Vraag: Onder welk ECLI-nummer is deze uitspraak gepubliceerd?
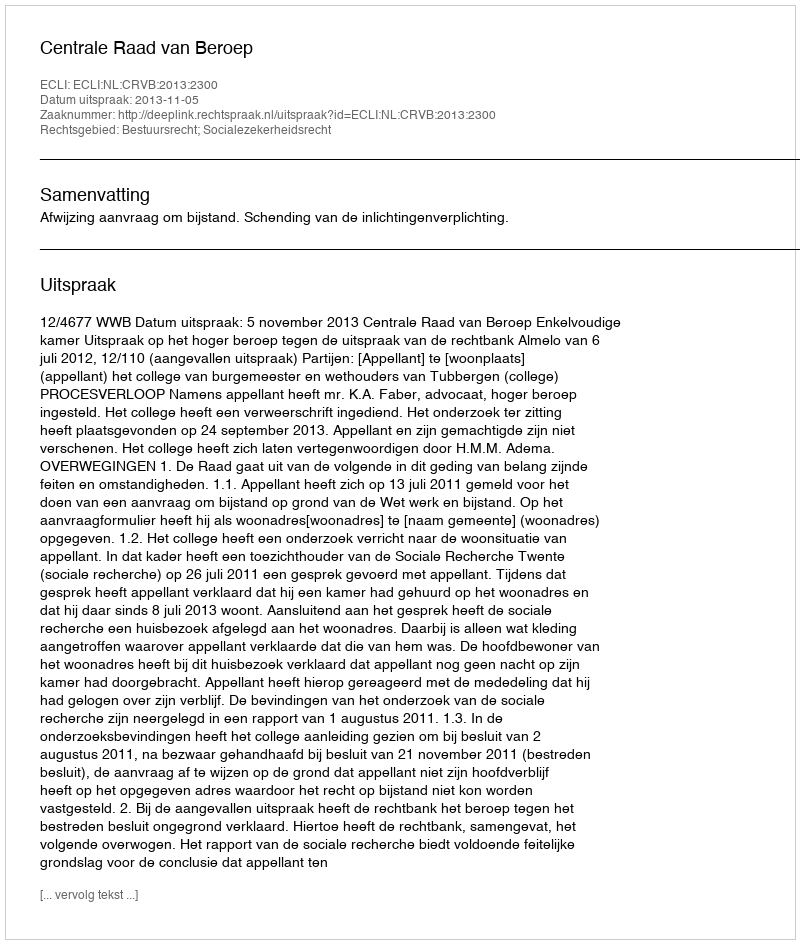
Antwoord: ECLI:NL:CRVB:2013:2300